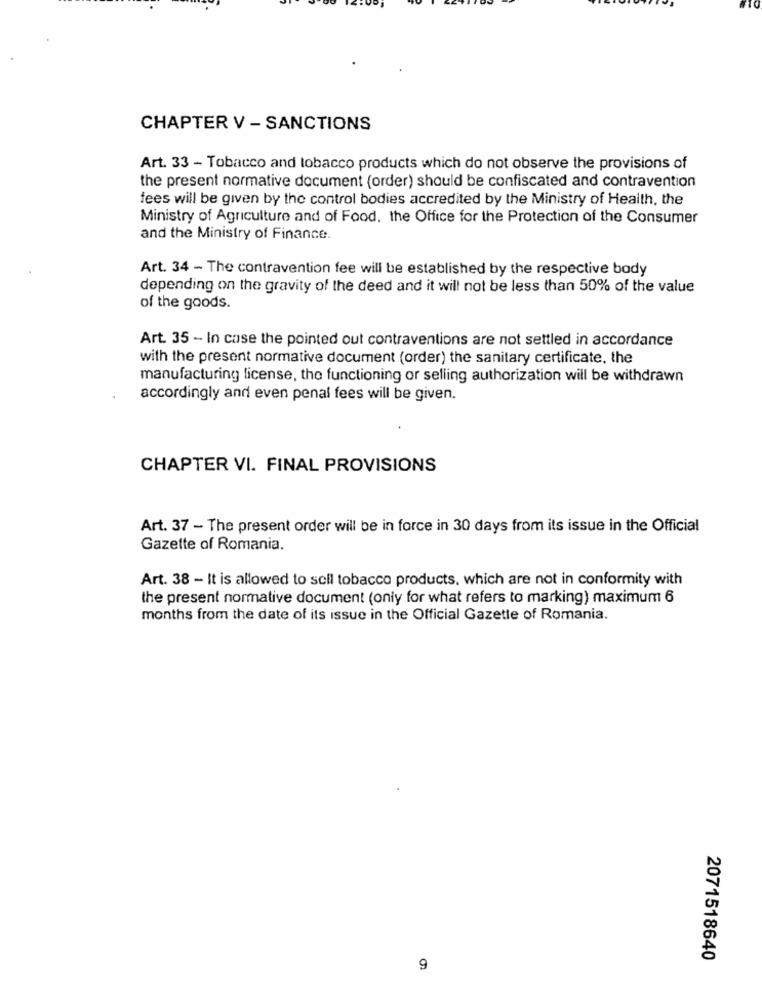
CHAPTER V - SANCTIONS
Art. 33 - Tobacco and tobacco products which do not observe the provisions of
the present normative document (order) should be confiscated and contravention
fees will be given by the control bodies accredited by the Ministry of Health, the
Ministry of Agriculture and of Food. the Office for the Protection of the Consumer
and the Ministry of Finance.
Art. 34 - The contravention fee will be established by the respective body
depending on the gravity of the deed and it will not be less than 50% of the value
of the goods.
Art. 35 - In case the pointed out contraventions are not settled in accordance
with the present normative document (order) the sanitary certificate, the
manufacturing license, the functioning or selling authorization will be withdrawn
accordingly and even penal fees will be given.
CHAPTER VI. FINAL PROVISIONS
Art. 37 - The present order will be in force in 30 days from its issue in the Official
Gazette of Romania.
Art. 38 - It is allowed to sell tobacco products, which are not in conformity with
the present normative document (only for what refers to marking) maximum 6
months from the date of its issue in the Official Gazette of Romania.
2071518640
9